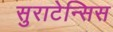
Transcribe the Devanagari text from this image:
सुराटेन्सिस